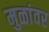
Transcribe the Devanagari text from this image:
मुळांवर